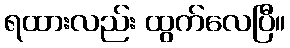
ရထားလည်း ထွက်လေပြီ။